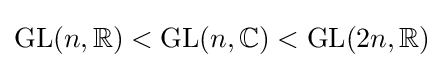
\operatorname {GL} (n,\mathbb {R} )<\operatorname {GL} (n,\mathbb {C} )<\operatorname {GL} (2n,\mathbb {R} )